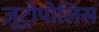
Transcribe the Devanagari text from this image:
ज़ूट्रोपोलिस